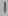
Text: 1